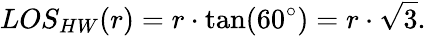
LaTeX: LOS_{HW}(r)=r\cdot\tan(60^{\circ})=r\cdot\sqrt{3}.